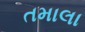
તમાલા